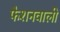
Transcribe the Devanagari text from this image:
फैशनवाली